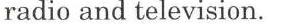
radio and television.,